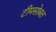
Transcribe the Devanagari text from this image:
टीमसोबत